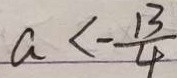
a < - \frac { 1 3 } { 4 }